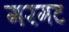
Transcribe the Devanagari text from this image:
गरगट